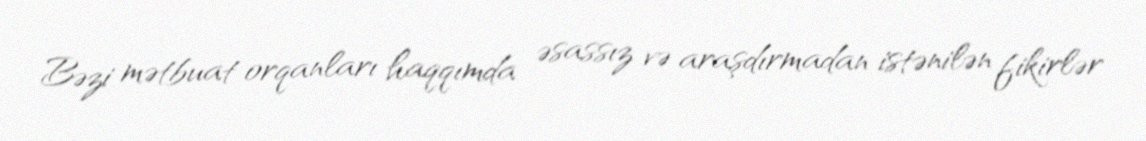
Bəzi mətbuat orqanları haqqımda əsassız və araşdırmadan istənilən fikirlər